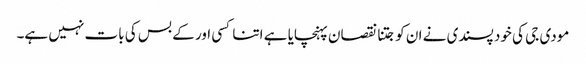
مودی جی کی خود پسندی نے ان کو جتنا نقصان پہنچایا ہے اتنا کسی اور کے بس کی بات نہیں ہے۔